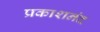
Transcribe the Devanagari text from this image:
प्रकाशनंद